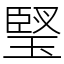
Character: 㻨